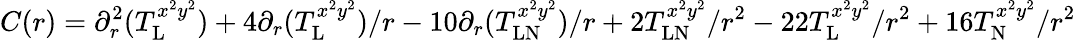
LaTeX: C(r)=\partial_{r}^{2}(T_{\mathrm{L}}^{x^{2}y^{2}})+4\partial_{r}(T_{\mathrm{L}}^{x^{2}y^{2}})/r-10\partial_{r}(T_{\mathrm{LN}}^{x^{2}y^{2}})/r+2T_{\mathrm{LN}}^{x^{2}y^{2}}/r^{2}-22T_{\mathrm{L}}^{x^{2}y^{2}}/r^{2}+16T_{\mathrm{N}}^{x^{2}y^{2}}/r^{2}